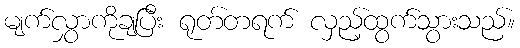
မျက်လွှာကိုချပြီး ရုတ်တရက် လှည့်ထွက်သွားသည်။